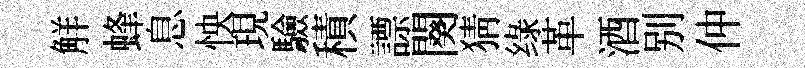
觧蜂息怏現驗積謤闋猜绿革酒别仲